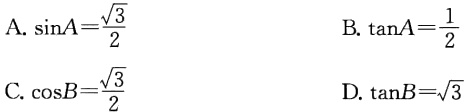
A. $\sin A=\frac{\sqrt{3}}{2}$

B. $\tan A=\frac{1}{2}$

C. $\cos B=\frac{\sqrt{3}}{2}$

D. $\tan B=\sqrt{3}$